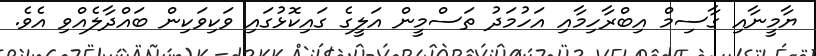
ޔާމީނާއި ގާސިމް އިބްރާހިމާއި އަހުމަދު ތަސްމީން އަލީގެ ގައިކޮޅުގައި ވަކިވަކިން ބައްދާލެއްވި އެވެ.